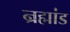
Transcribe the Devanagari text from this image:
न्रह्मांड